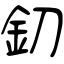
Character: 釖